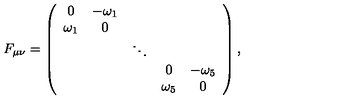
F _ { \mu \nu } = \left( \begin{array} { c c c c c } { 0 } & { - \omega _ { 1 } } & { } & { } & { } \\ { \omega _ { 1 } } & { 0 } & { } & { } & { } \\ { } & { } & { \ddots } & { } & { } \\ { } & { } & { } & { 0 } & { - \omega _ { 5 } } \\ { } & { } & { } & { \omega _ { 5 } } & { 0 } \\ \end{array} \right) ,